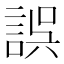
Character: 誤